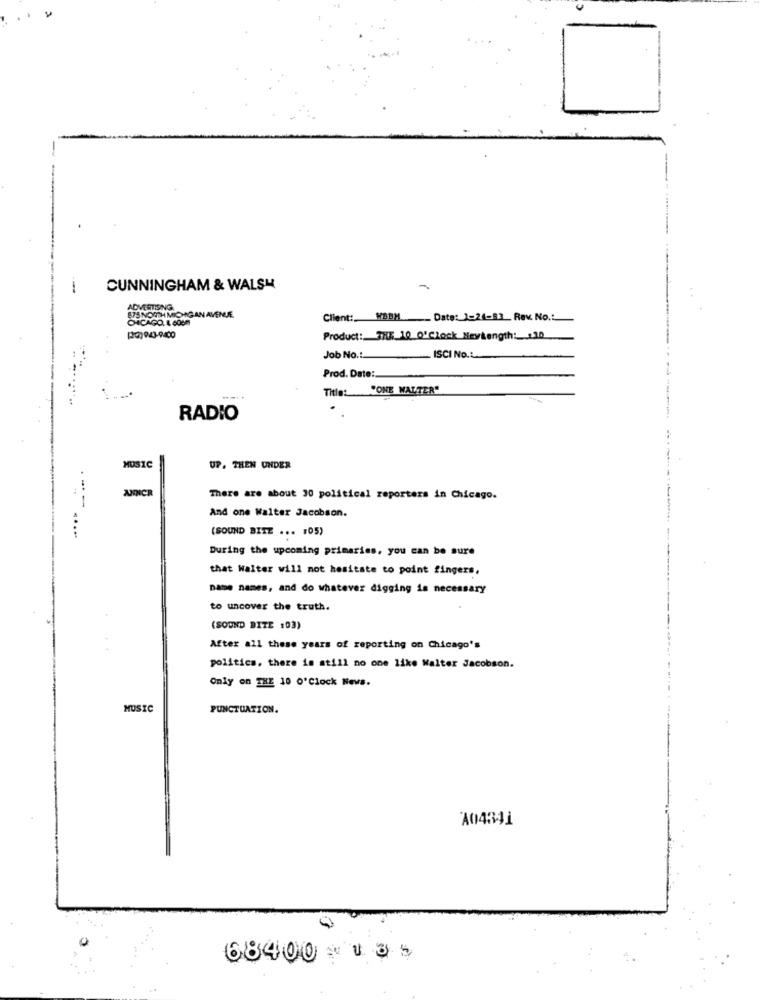
CUNNINGHAM & WALSH
-
ADVERTISING
E75 NORTH MICHIGAN AVEN
CHICAGO, IL 600m
Client: WBBM _ Date: 1-24-83 Rev. No .:
Product: THE 10 O'clock Maylength: 30
Job No .:
ISCI No ...
Prod. Date:
Title:
"ONE WALTER"
RADIO
MUSIC
UP. THEN UNDER
AJONCR
There are about 30 political reporters in Chicago.
--
And one Walter Jacobson.
(SOUND BITE ... #05)
During the upcoming primaries, you can be sure
that Walter will not hesitate to point fingers,
name names, and do whatever digging is necessary
to uncover the truth.
(SOUND BITE :03)
After all these years of reporting on Chicago's
politics. there is still no one like Walter Jacobson.
Only on THE 10 0'Clock News.
MUSIC
PUNCTUATION.
A04341
68400 * 135